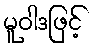
မူဝါဒဖြင့်